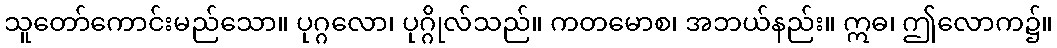
သူတော်ကောင်းမည်သော။ ပုဂ္ဂလော၊ ပုဂ္ဂိုလ်သည်။ ကတမောစ၊ အဘယ်နည်း။ ဣဓ၊ ဤလောက၌။